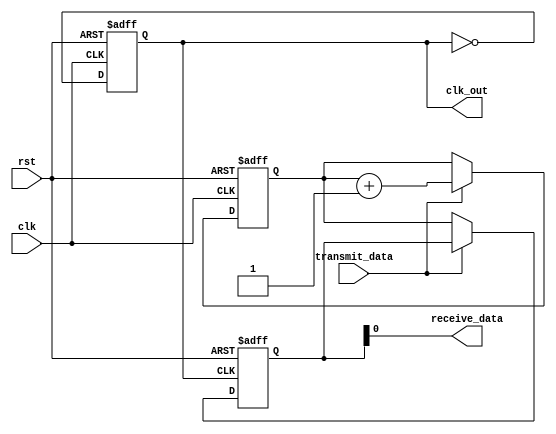
module SPI_Controller (
    input wire clk, // clock input
    input wire rst, // reset input
    input wire transmit_data, // signal to transmit data
    output wire receive_data, // signal to receive data
    output reg clk_out // output clock signal
);

reg [7:0] data_out; // 8-bit data to be transmitted
reg [7:0] data_in;  // 8-bit data received

// Generate clock signal for data transmission
always @(posedge clk or posedge rst) begin
    if (rst) begin
        clk_out <= 0;
    end else begin
        clk_out <= ~clk_out;
    end
end

// Logic for data synchronization between master and slave devices
always @(posedge clk or posedge rst) begin
    if (rst) begin
        data_out <= 8'b0;
    end else if (transmit_data) begin
        data_out <= data_out + 1;
    end
end

// Logic for data reception
always @(posedge clk_out or posedge rst) begin
    if (rst) begin
        data_in <= 8'b0;
    end else if (~transmit_data) begin
        data_in <= data_out;
    end
end

assign receive_data = data_in;

endmodule